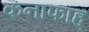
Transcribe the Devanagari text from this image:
कनाफाह्